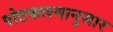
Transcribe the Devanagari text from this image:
पोटकलमानुसार